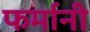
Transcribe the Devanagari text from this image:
फर्मानी